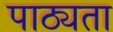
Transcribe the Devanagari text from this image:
पाठ्यता